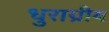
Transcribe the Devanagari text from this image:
धुराग्रीय